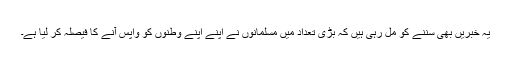
یہ خبریں بھی سننے کو مل رہی ہیں کہ بڑی تعداد میں مسلمانوں نے اپنے اپنے وطنوں کو واپس آنے کا فیصلہ کر لیا ہے۔